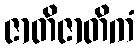
ဇာတိဇာတိကံ